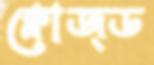
ক্লোজ্ড